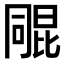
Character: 𣬑